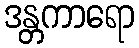
ဒန္တကာရော